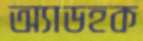
অ্যাডহক